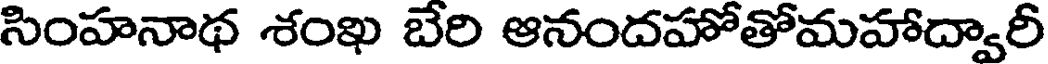
సింహనాథ శంఖ బేరి ఆనందహోతోమహాద్వారీ